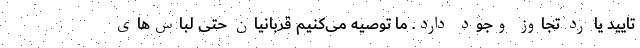
تایید یا رد تجاوز وجود دارد. ما توصیه می‌کنیم قربانیان حتی لباس‌های